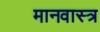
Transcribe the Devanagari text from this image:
मानवास्त्र